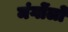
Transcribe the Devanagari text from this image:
मंगोंलों